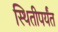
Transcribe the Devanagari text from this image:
स्थितीपर्यंत